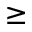
\ge